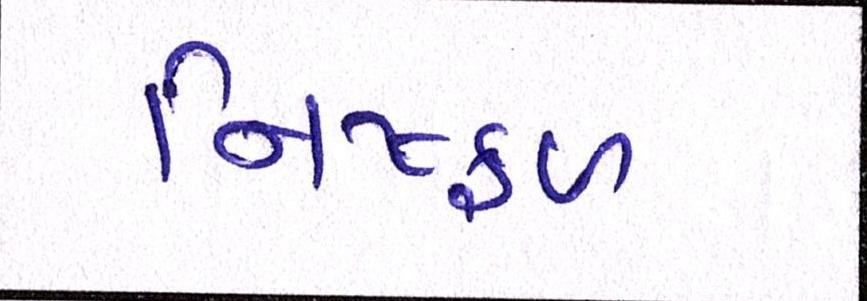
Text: નિષ્ફળ